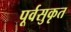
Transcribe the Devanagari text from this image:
पूर्वसुकृत